Statistics compiled by the Government of India from the reports of provincial Civil Veterinary Departments
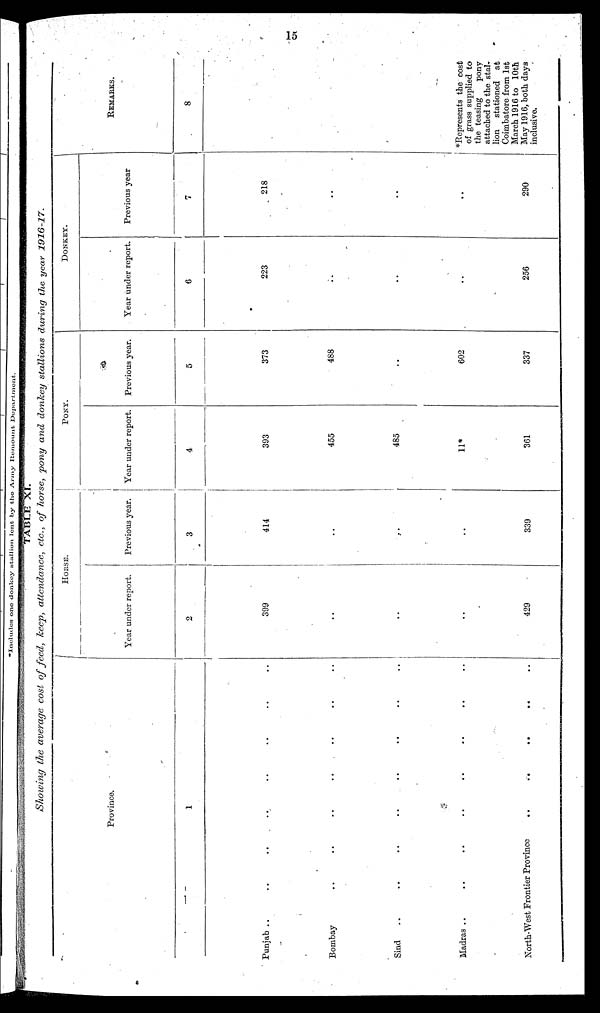
15
TABLE XI.
Showing the average cost of feed, keep, attendance, etc., of horse, pony and donkey stallions during the year
1916-17.
Province.
1
Punjab.. .. .. .. .. .. .. .. .. ..
Bombay..
..
..
..
..
..
..
..
..
..
Sind..
..
..
..
..
..
..
..
..
..
Madras.. .. .. .. .. .. .. .. .. ..
North-West Frontier Province.. .. .. .. .. .. .. .. .. ..
HORSE.
Year under report.
2
399
..
..
..
429
Previous year.
3
414
..
..
..
339
PONY.
Year under report.
4
393
455
485
11*
361
Previous year.
5
373
488
..
602
337
DONKEY.
Year under report.
6
223
..
..
..
256
Previous year
7
218
..
..
..
290
REMARKS.
8
*Represents the cost
of grass supplied to
the teasing
pony
attached to the stal-
lion stationed at
Coimbatore from 1st
March 1916 to 10th
May 1916, both days
inclusive.